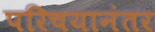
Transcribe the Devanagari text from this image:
परिचयानंतर